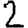
Digit: 2